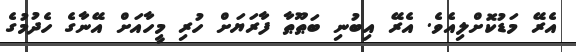
އެރޭ މަޑުކޮށްލިއެވެ. އެރޭ އިބުނި ބަޠޫޠާ ފާރަޔަށް ހުރި މީހާއަށް އޭނާގެ ހެދުމުގެ